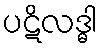
ပဋိလဒ္ဓါ